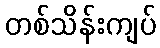
တစ်သိန်းကျပ်